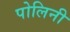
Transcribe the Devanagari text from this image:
पोलिनी